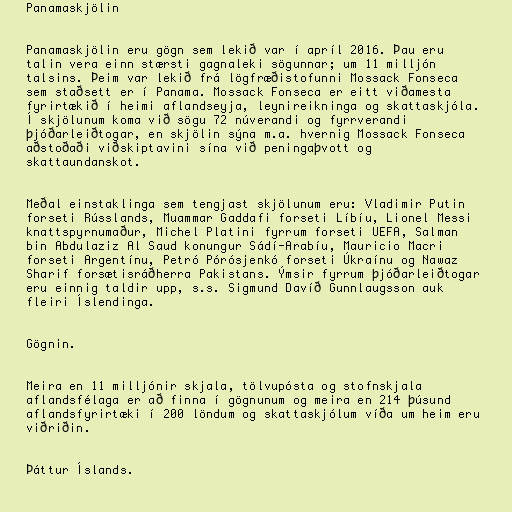
Panamaskjölin

Panamaskjölin eru gögn sem lekið var í apríl 2016. Þau eru
talin vera einn stærsti gagnaleki sögunnar; um 11 millj­ón
tals­ins. Þeim var lekið frá lög­fræðistof­unni Mossack Fon­seca
sem staðsett er í Panama. Mossack Fonseca er eitt viðamesta
fyrirtækið í heimi aflandseyja, leynireikninga og skattaskjóla.
Í skjöl­un­um koma við sögu 72 nú­ver­andi og fyrr­ver­andi
þjóðarleiðtog­ar, en skjöl­in sýna m.a. hvernig Mossack Fon­seca
aðstoðaði viðskipta­vini sína við pen­ingaþvott og
skattaund­an­skot.

Meðal einstaklinga sem tengjast skjölunum eru: Vladimir Putin
forseti Rússlands, Muammar Gaddafi forseti Líbíu, Lionel Messi
knattspyrnumaður, Michel Platini fyrrum forseti UEFA, Salman
bin Abdulaziz Al Saud konungur Sádí-Arabíu, Mauricio Macri
forseti Argentínu, Petró Pórósjenkó forseti Úkraínu og Nawaz
Sharif forsætisráðherra Pakistans. Ýmsir fyrrum þjóðarleiðtogar
eru einnig taldir upp, s.s. Sigmund Davíð Gunnlaugsson auk
fleiri Íslendinga.

Gögnin.

Meira en 11 milljónir skjala, tölvupósta og stofnskjala
aflandsfélaga er að finna í gögnunum og meira en 214 þúsund
aflandsfyrirtæki í 200 löndum og skattaskjólum víða um heim eru
viðriðin.

Þáttur Íslands.